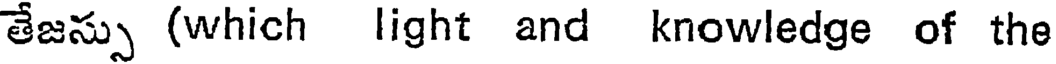
తేజస్సు (which light and knowledge of the